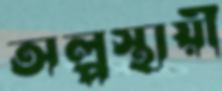
অল্পস্থায়ী